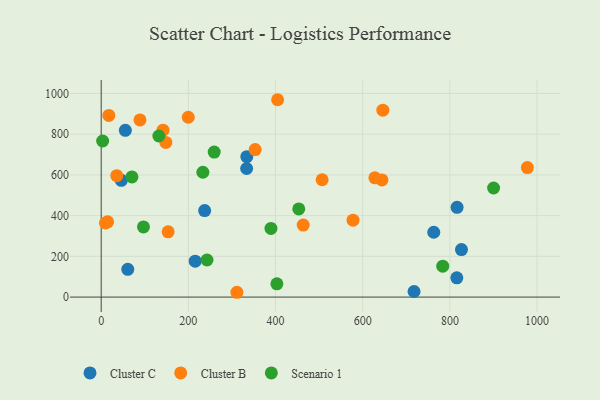
{"axis": {"x": "Engine Size", "y": "Fuel Efficiency"}, "legend": ["Cluster B", "Cluster C", "Scenario 1"], "data": [{"x": "237.4", "y": 424.6, "type": "Cluster C"}, {"x": "215.7", "y": 176.4, "type": "Cluster C"}, {"x": "816.5", "y": 440.8, "type": "Cluster C"}, {"x": "333.7", "y": 631.4, "type": "Cluster C"}, {"x": "334.1", "y": 689.3, "type": "Cluster C"}, {"x": "61.0", "y": 136.1, "type": "Cluster C"}, {"x": "763.0", "y": 318.5, "type": "Cluster C"}, {"x": "55.4", "y": 818.8, "type": "Cluster C"}, {"x": "46.2", "y": 573.6, "type": "Cluster C"}, {"x": "717.8", "y": 27.4, "type": "Cluster C"}, {"x": "826.6", "y": 233.2, "type": "Cluster C"}, {"x": "815.9", "y": 94.6, "type": "Cluster C"}, {"x": "977.8", "y": 636.1, "type": "Cluster B"}, {"x": "646.2", "y": 917.7, "type": "Cluster B"}, {"x": "17.5", "y": 892.0, "type": "Cluster B"}, {"x": "404.8", "y": 969.2, "type": "Cluster B"}, {"x": "627.9", "y": 585.6, "type": "Cluster B"}, {"x": "89.0", "y": 870.2, "type": "Cluster B"}, {"x": "9.8", "y": 364.1, "type": "Cluster B"}, {"x": "311.4", "y": 23.6, "type": "Cluster B"}, {"x": "353.2", "y": 724.4, "type": "Cluster B"}, {"x": "14.7", "y": 369.4, "type": "Cluster B"}, {"x": "463.5", "y": 353.7, "type": "Cluster B"}, {"x": "141.9", "y": 819.9, "type": "Cluster B"}, {"x": "148.3", "y": 759.6, "type": "Cluster B"}, {"x": "577.8", "y": 377.9, "type": "Cluster B"}, {"x": "199.8", "y": 883.2, "type": "Cluster B"}, {"x": "644.2", "y": 575.2, "type": "Cluster B"}, {"x": "506.9", "y": 576.1, "type": "Cluster B"}, {"x": "153.6", "y": 320.5, "type": "Cluster B"}, {"x": "35.7", "y": 596.0, "type": "Cluster B"}, {"x": "453.3", "y": 433.1, "type": "Scenario 1"}, {"x": "132.3", "y": 791.0, "type": "Scenario 1"}, {"x": "783.6", "y": 151.9, "type": "Scenario 1"}, {"x": "259.3", "y": 712.2, "type": "Scenario 1"}, {"x": "389.5", "y": 337.1, "type": "Scenario 1"}, {"x": "403.1", "y": 65.0, "type": "Scenario 1"}, {"x": "97.0", "y": 344.5, "type": "Scenario 1"}, {"x": "900.3", "y": 535.7, "type": "Scenario 1"}, {"x": "70.5", "y": 590.0, "type": "Scenario 1"}, {"x": "3.3", "y": 766.6, "type": "Scenario 1"}, {"x": "233.3", "y": 613.0, "type": "Scenario 1"}, {"x": "242.8", "y": 182.0, "type": "Scenario 1"}]}